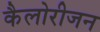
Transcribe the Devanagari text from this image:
कैलोरीजन